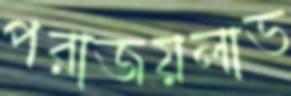
পরাজয়লাভ